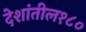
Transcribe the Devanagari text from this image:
देशांतील१८०